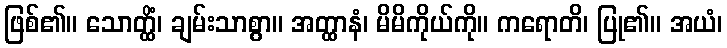
ဖြစ်၏။ သောတ္ထိံ၊ ချမ်းသာစွာ။ အတ္ထာနံ၊ မိမိကိုယ်ကို။ ကရောတိ၊ ပြု၏။ အယံ၊